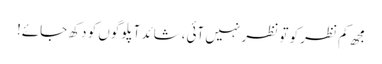
مجھ کم نظر کو تو نظر نہیں آئی،شائد آپلوگوں کو دکھ جائے!